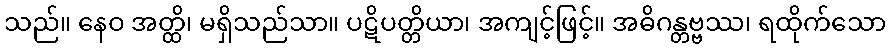
သည်။ နေဝ အတ္ထိ၊ မရှိသည်သာ။ ပဋိပတ္တိယာ၊ အကျင့်ဖြင့်။ အဓိဂန္တဗ္ဗဿ၊ ရထိုက်သော